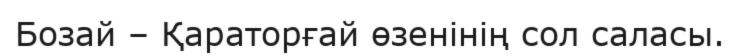
Бозай – Қараторғай өзенінің сол саласы.